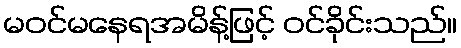
မဝင်မနေရအမိန့်ဖြင့် ဝင်ခိုင်းသည်။